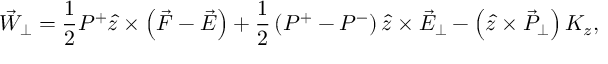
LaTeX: \vec { W } _ { \perp } = \frac { 1 } { 2 } P ^ { + } \hat { z } \times \left( \vec { F } - \vec { E } \right) + \frac { 1 } { 2 } \left( P ^ { + } - P ^ { - } \right) \hat { z } \times \vec { E } _ { \perp } - \left( \hat { z } \times \vec { P } _ { \perp } \right) K _ { z } ,